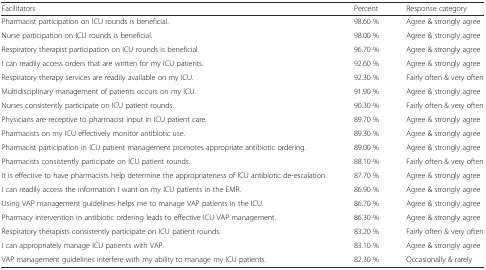
| Facilitators | Percent | Response category |
 | --- | --- | --- |
 | Pharmacist participation on ICU rounds is beneficial. | 98.60 % | Agree & strongly agree |
 | Nurse participation on ICU rounds is beneficial. | 98.00 % | Agree & strongly agree |
 | Respiratory therapist participation on ICU rounds is beneficial. | 96.70 % | Agree & strongly agree |
 | I can readily access orders that are written for my ICU patients. | 92.60 % | Agree & strongly agree |
 | Respiratory therapy services are readily available on my ICU. | 92.30 % | Fairly often & very often |
 | Multidisciplinary management of patients occurs on my ICU. | 91.90 % | Agree & strongly agree |
 | Nurses consistently participate on ICU patient rounds. | 90.30 % | Fairly often & very often |
 | Physicians are receptive to pharmacist input in ICU patient care. | 89.70 % | Agree & strongly agree |
 | Pharmacists on my ICU effectively monitor antibiotic use. | 89.30 % | Agree & strongly agree |
 | Pharmacist participation in ICU patient management promotes appropriate antibiotic ordering. | 89.00 % | Agree & strongly agree |
 | Pharmacists consistently participate on ICU patient rounds. | 88.10 % | Fairly often & very often |
 | It is effective to have pharmacists help determine the appropriateness of ICU antibiotic de-escalation. | 87.70 % | Agree & strongly agree |
 | I can readily access the information I want on my ICU patients in the EMR. | 86.90 % | Agree & strongly agree |
 | Using VAP management guidelines helps me to manage VAP patients in the ICU. | 86.70 % | Agree & strongly agree |
 | Pharmacy intervention in antibiotic ordering leads to effective ICU VAP management. | 86.30 % | Agree & strongly agree |
 | Respiratory therapists consistently participate on ICU patient rounds. | 83.20 % | Fairly often & very often |
 | I can appropriately manage ICU patients with VAP. | 83.10 % | Agree & strongly agree |
 | VAP management guidelines interfere with my ability to manage my ICU patients. | 82.30 % | Occasionally & rarely |